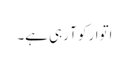
اتوار کو آ رہی ہے۔